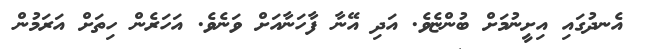
އެނދުގައި އިށީނުމަށް ބުންޏެވެ. އަދި އޭނާ ފާހަނާއަށް ވަނެވެ. އަހަރެން ހިތަށް އަރަމުން